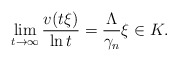
\begin{align*}\lim_{t\rightarrow \infty}\frac{v(t\xi)}{\ln t}=\frac{\Lambda}{\gamma_n} \xi\in K.\end{align*}